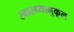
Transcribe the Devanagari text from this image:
स्वास्थ्यानुकूल